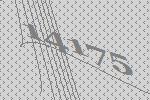
14175